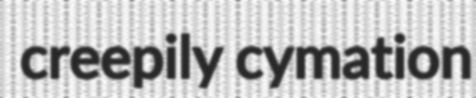
creepily cymation